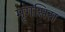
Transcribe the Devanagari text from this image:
मॄगसिरा